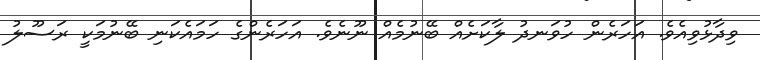
ވިދާޅުވިއެވެ. އަހަރެން ހުވަނދު ލާކަށެއް ބޭނުމެއް ނޫނެވެ. އަހަރެންގެ ހަމައެކަނި ބޭނުމަކީ ރަސޫލު